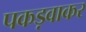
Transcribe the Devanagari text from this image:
पकड़वाकर